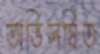
অভিলষিত